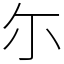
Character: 尓